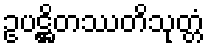
ဥပဋ္ဌိတဿတိသုတ္တံ